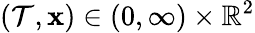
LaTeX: (\mathcal{T},\mathbf{{x}})\in(0,\infty)\times\mathbb{{R}}^{2}